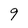
Character: 9